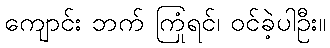
ကျောင်း ဘက် ကြုံရင်၊ ဝင်ခဲ့ပါဦး။